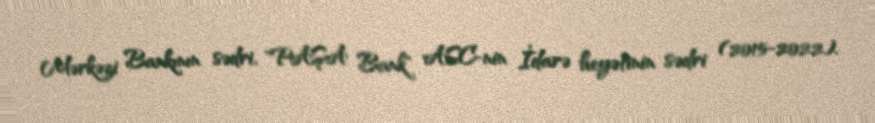
Mərkəzi Bankının sədri, "PAŞA Bank" ASC-nin İdarə heyətinin sədri (2015-2022).